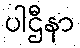
ပါဌီနာ